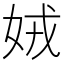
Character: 娀